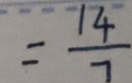
= \frac { 1 4 } { 7 }